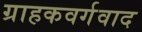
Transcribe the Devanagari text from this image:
ग्राहकवर्गवाद